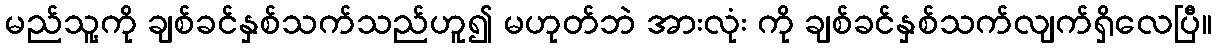
မည်သူ့ကို ချစ်ခင်နှစ်သက်သည်ဟူ၍ မဟုတ်ဘဲ အားလုံး ကို ချစ်ခင်နှစ်သက်လျက်ရှိလေပြီ။